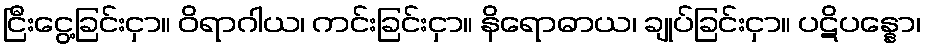
ငြီးငွေ့ခြင်းငှာ။ ဝိရာဂါယ၊ ကင်းခြင်းငှာ။ နိရောဓာယ၊ ချုပ်ခြင်းငှာ။ ပဋိပန္နော၊